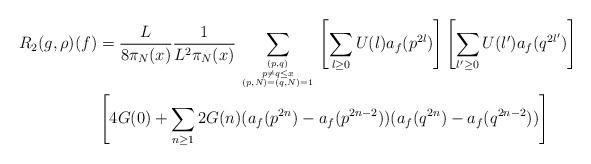
LaTeX: \begin{align*}R_2(g,\rho)(f) &= \frac{L}{8\pi_N(x)}\frac{1}{L^2 \pi_N(x)}\sum_{(p,q) \atop {p \neq q \leq x \atop{(p,N) = (q,N) = 1}}} \left[ \sum_{l \geq 0} U(l) a_f(p^{2l}) \right] \left[ \sum_{l' \geq 0} U(l') a_f(q^{2l'}) \right] \\&\left[4 G(0) + \sum_{n \geq 1} 2G(n)(a_f(p^{2n}) - a_f(p^{2n-2}))(a_f(q^{2n}) - a_f(q^{2n-2}))\right] \\\end{align*}